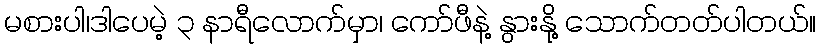
မစားပါ၊ဒါပေမဲ့ ၃ နာရီလောက်မှာ၊ ကော်ဖီနဲ့ နွားနို့ သောက်တတ်ပါတယ်။